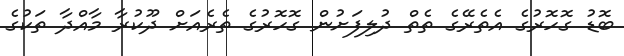
ބޮޑު ގޮހޮރުގެ އެތެރޭގެ ތެތް ދުލިފަށުން ގޮހޮރުގެ ތެރެއަށް ދޫކުރާ މާއްދާ ތަކުގެ